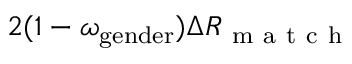
2 ( 1 - \omega _ { \mathrm { g e n d e r } } ) \Delta R _ { \mathrm { ~ m ~ a ~ t ~ c ~ h ~ } }